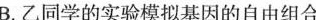
B.乙同学的实验模拟基因的自由组合